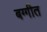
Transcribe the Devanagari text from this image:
बग्गीत